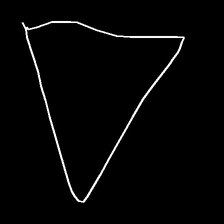
Glyph: convergence